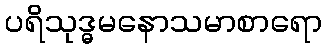
ပရိသုဒ္ဓမနောသမာစာရော